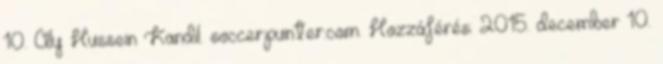
10. Aly Hussein Kandil. soccerpunter.com. Hozzáférés: 2015. december 10.